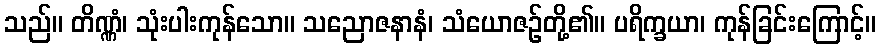
သည်။ တိဏ္ဏံ၊ သုံးပါးကုန်သော။ သညောဇနာနံ၊ သံယောဇဉ်တို့၏။ ပရိက္ခယာ၊ ကုန်ခြင်းကြောင့်။